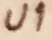
Text: U1